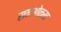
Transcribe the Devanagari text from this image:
रानओळख